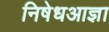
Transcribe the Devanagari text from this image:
निषेधआज्ञा